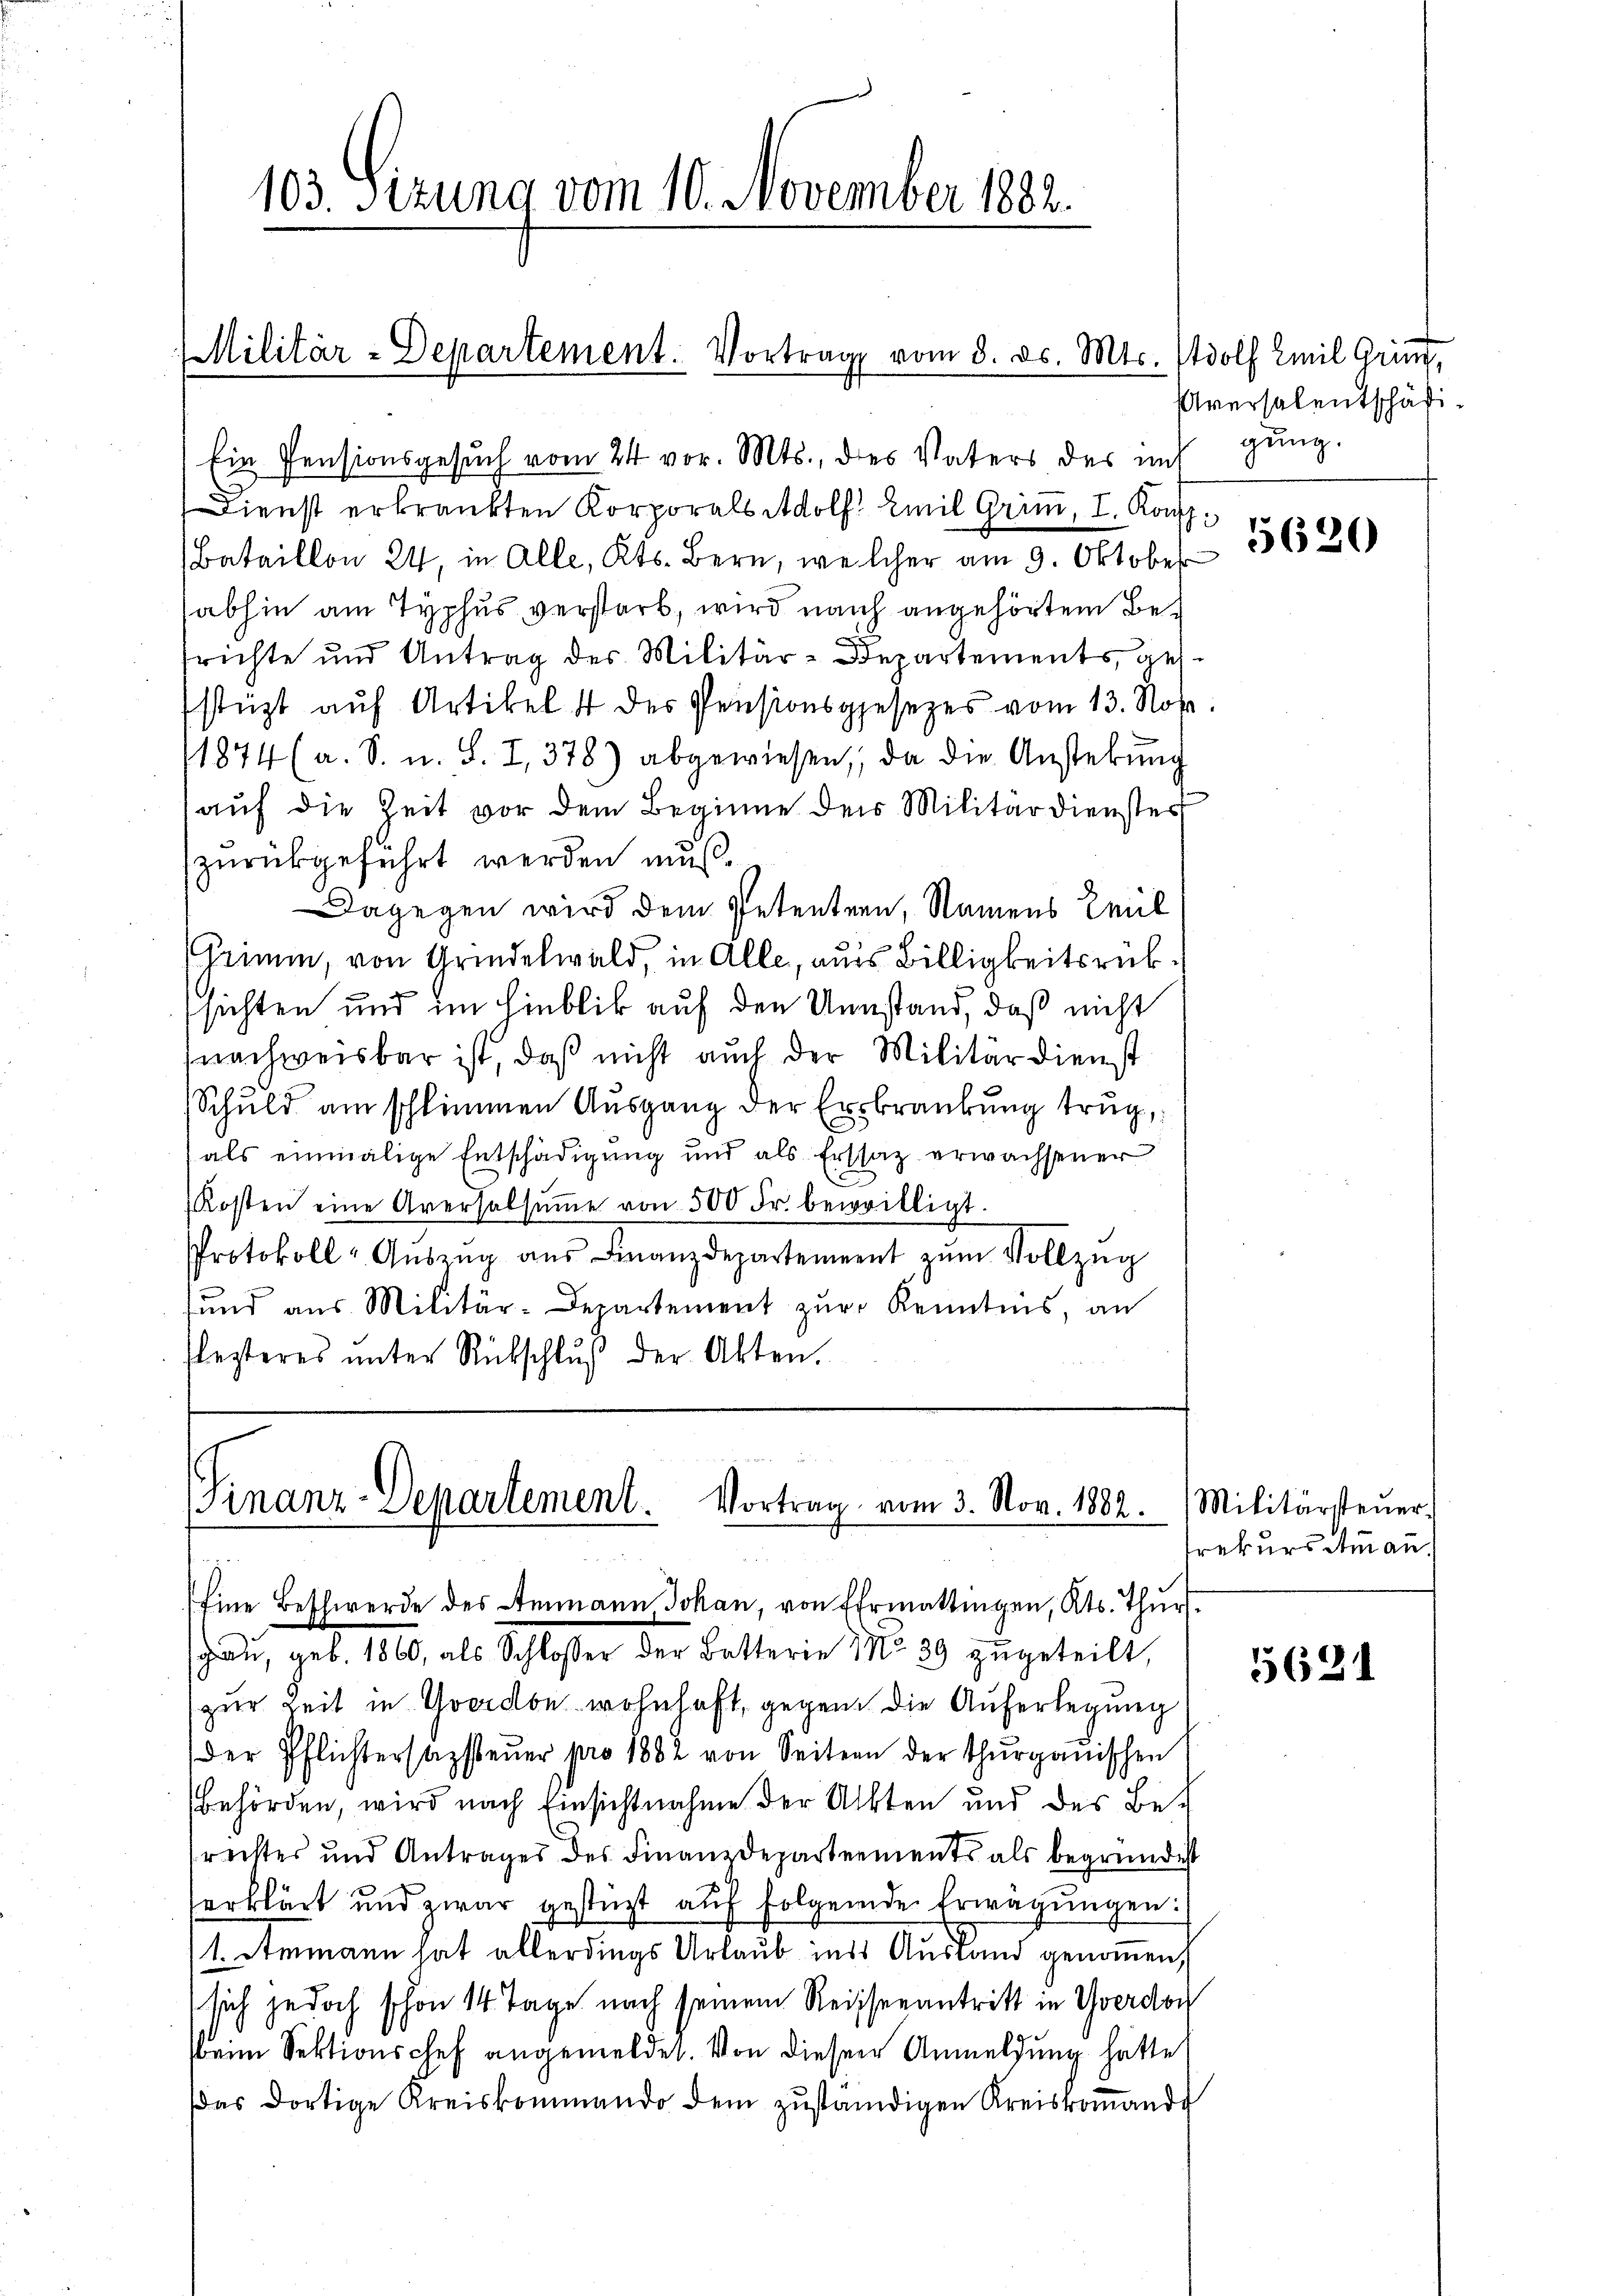
Dienst erkränkten Korporals Adolf Emil Grim, I. Konz
Bataillon 24, in Alle, Kts. Bern, welcher am 9. Oktober
abhin am Typhus verstarb, wird nach angehörtem Betrichte und Antrag des Militär-Departements gesstüzt auf Artikel 4 des Pensionsgesetzes vom 13. Nov.
11874 (a. S. u. S. I,378) abgewiesen, da die Ansterŭng
auf die Zeit vor dem Beginne der Militärdienster
zurückgeführt werden muß¬
Dagegen wird dem Petentern, Namens Emil
Grimm, von Grindelwald, in Alle, aus Billigkeitsrücksichten und im Hinblick auf den Umstand, daß nicht
nachweisbar ist, daß nicht auch der Militärdienst
Schuld am schlimmen Ausgang der Erkrankung trug,
als einmalige Entschädigung und als Erstat erwachsener
Kosten eine Aversalsŭṁe von 500 Fr. bewilligt.
Protokoll- Aŭszŭg aŭs Finanzdepartement zŭm Vollzŭg
fŭnd aus Militär-Departement zŭr Kenntnis, an
flezteres ŭnter Rükschlŭβ der Akten.

103. Sizung vom 10. November 1882.

Finanz-Departement.
Vortrag vom 3. Nov. 1882.
1
Eine Beschwerde des Ammann Johan, von Ermattingen, Kts. Thurs.

gau, geb. 1860, als Schloßer der Batterie No. 29 zugeteilt,
zur Zeit in Goerdon wohnhaft, gegen die Auferlegung
der Pflichtersagsteŭer pro 1882 von Seitern der Thŭrganischen
Behörden, wird nach Einsichtnahme der Akten und des Berechtes und Antrages des Finanzdepartements als begründest
erklärt und zwar gestüzt aŭf folgende Erwägŭngen:
 Ammann hat allerdings Urlaub ins Ausland genommen,
sich jedoch schon 14 Tage nach seinem Reisenantritt in Yverdor
beim Sektionschef angemeldet. Von dieser Anmeldung hätte
das dortige Kreiskommendo dem zuständigen Kreiskoṁandt

Militär-Departement. Vortrag vom 3. ds. Mts. Adolf Emil Grind,

Ein Pensionsgesuch vom 24 vor. Mts., des Vaters der auf gung.

Aversalentschäf¬
5620

Militärsteuer.
rekurs Ammann.

5621